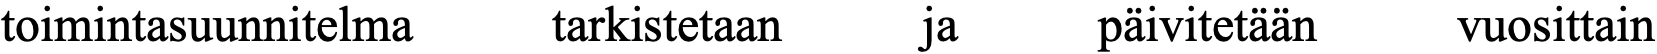
toimintasuunnitelma tarkistetaan ja päivitetään vuosittain